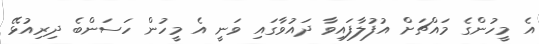
އެ މީހުންގެ މައްޗަށް އުފުލާފައިވާ ދައުވާގައި ވަނީ އެ މީހުން ހަސަންބެ ދިރިއުޅޭ